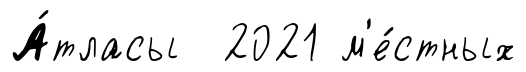
А́тласы 2021 м'е́стных